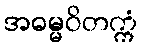
အဓမ္မဝိတက္ကံ